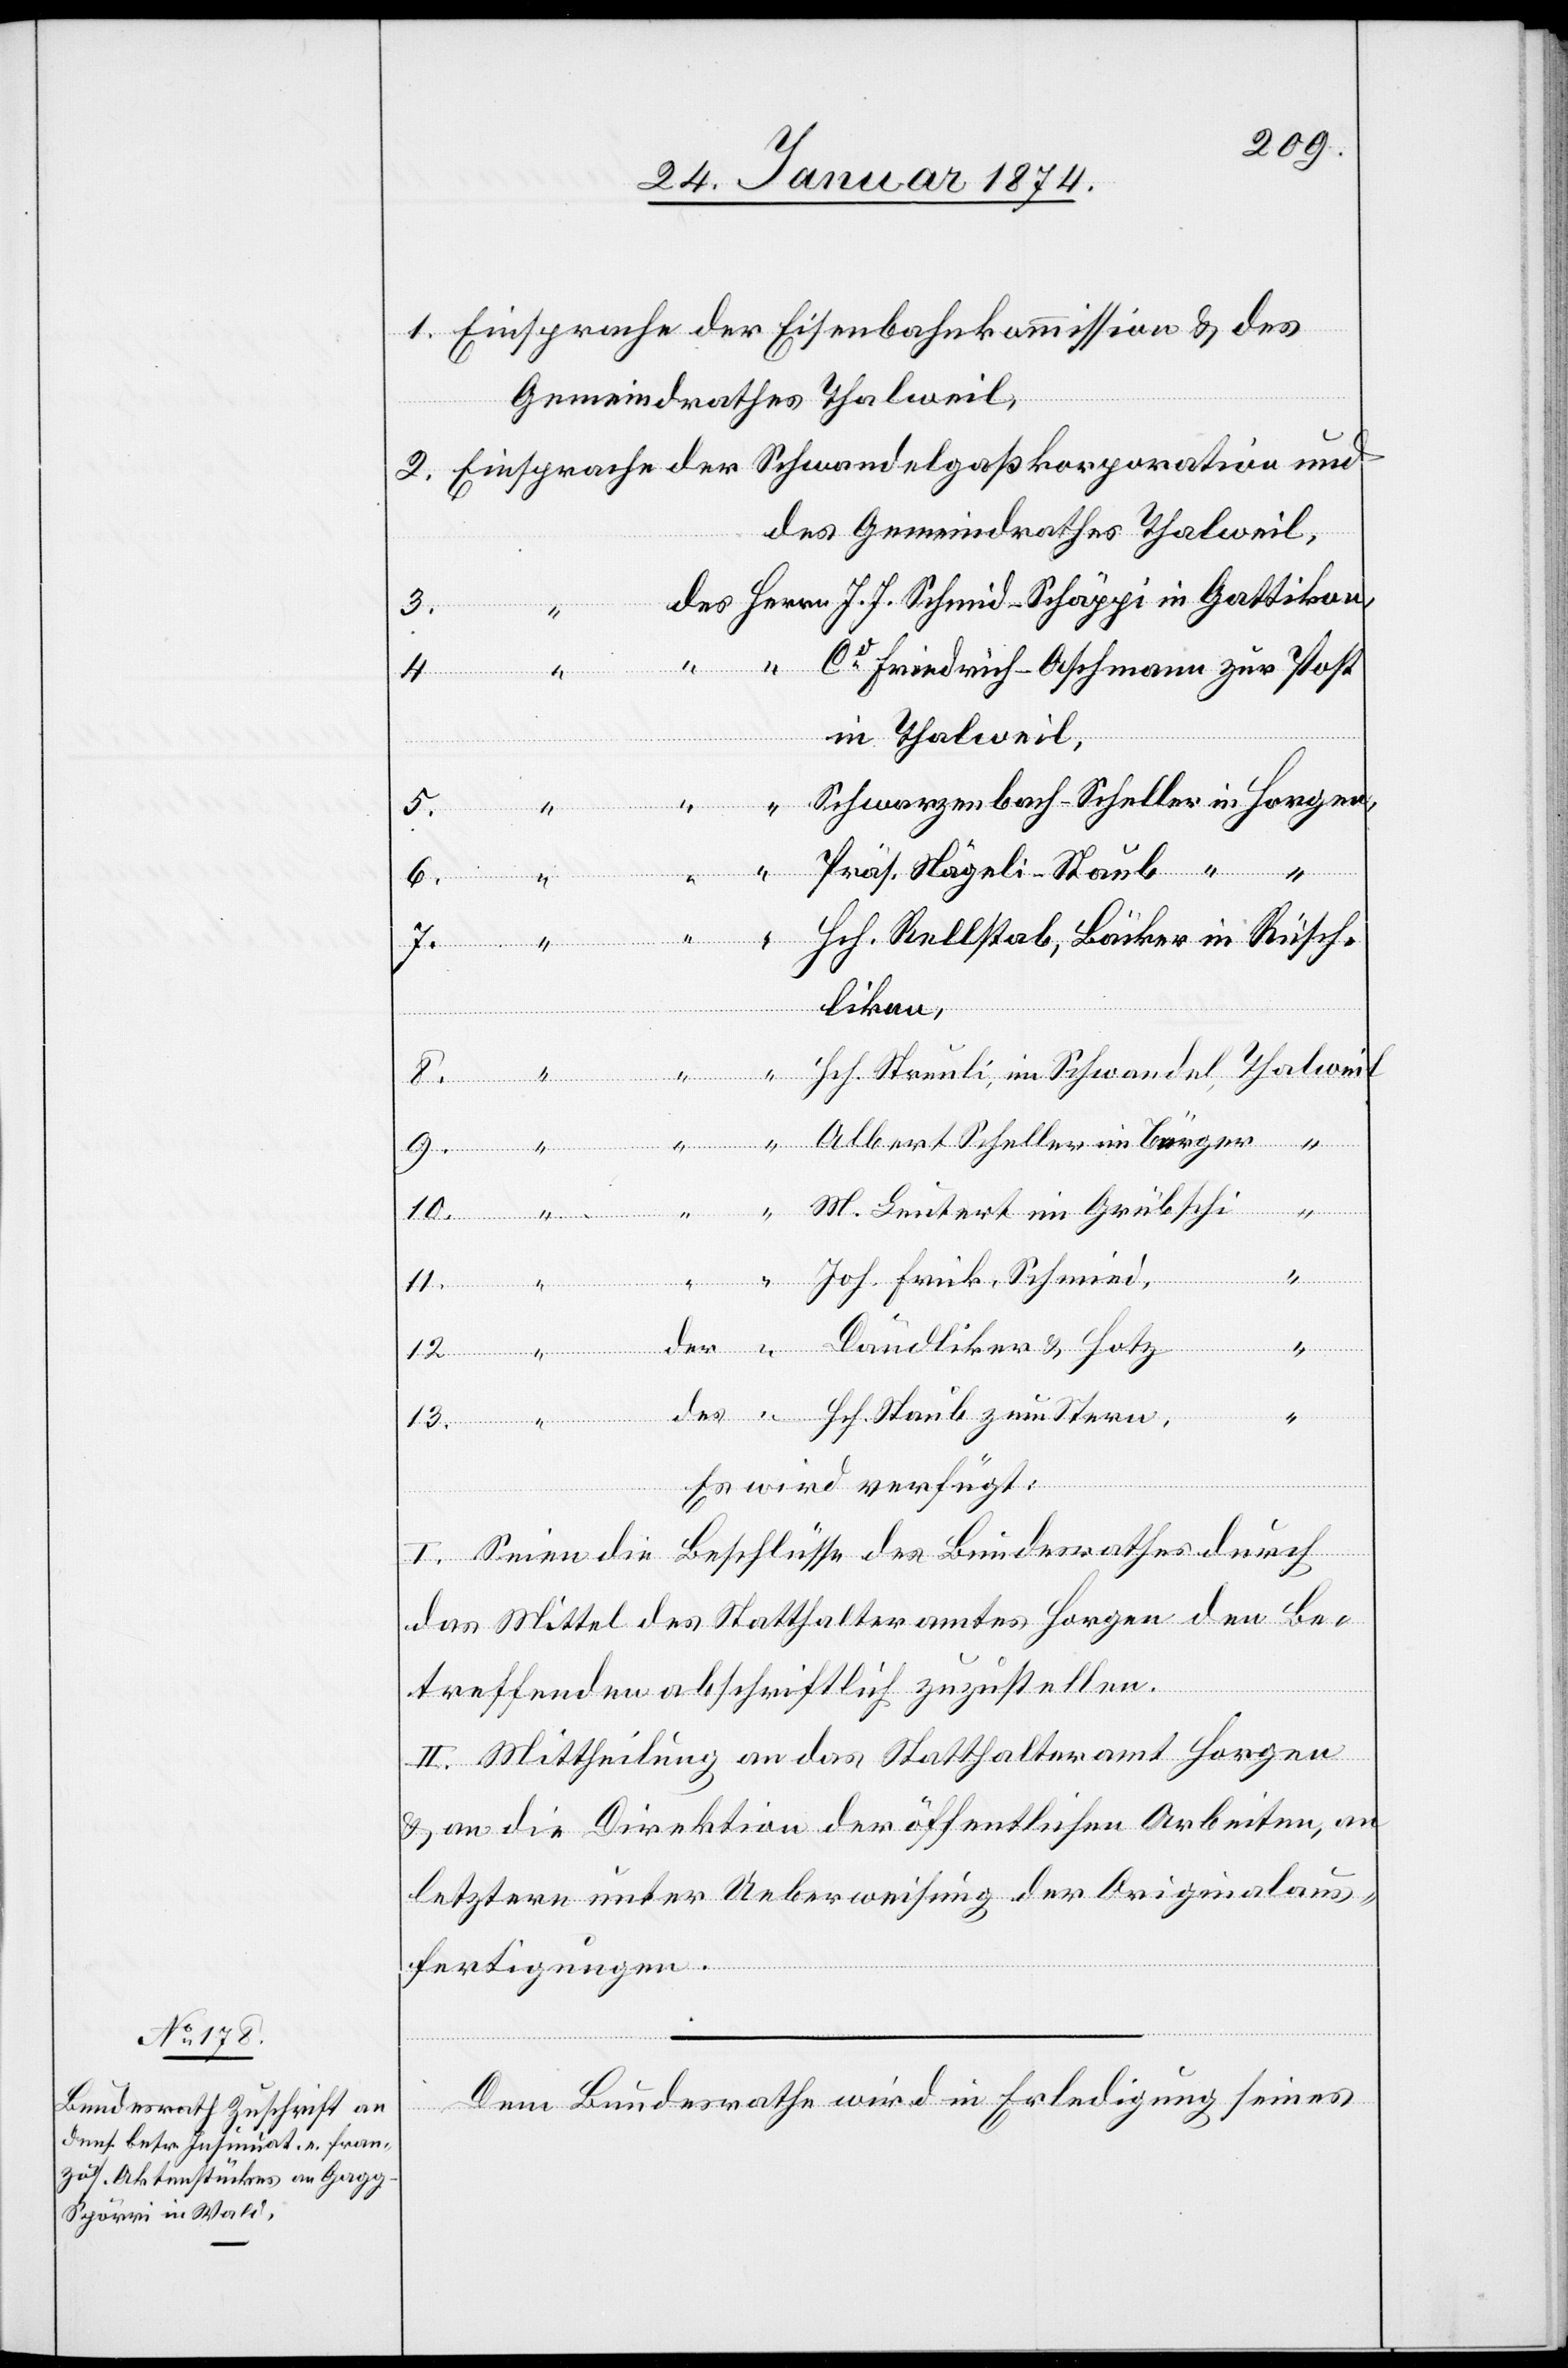
30. Januar 1874.]
des Gemeindrathes Thalweil,
3.
in Gattikon,
Co Friedrich-Oeschmann zur Post
13.
4.
in Thalweil.
Schwerzenbach-Scheller in Horgen,
Daudliker
Präs. Nägeli-Staub “ “
6.
Hch. Kellstab, Bäcker in Rüsch¬
likon,
Hch. Streuli, in Schwandel, Thalweil
Schmied,
“
Albert Scheller in Bürger
M. Leutert im Grübschi
Staub zum Stern,
“
Es wird verfügt:
I. Seien die Beschlüsse des Bundesrathes durch
das Mittel des Statthalteramtes Horgen den Be¬
treffenden abschriftlich zuzustellen.
II. Mittheilung an das Statthalteramt Horgen
& an die Direktion der öffentlichen Arbeiten, an
letztere unter Ueberweisung der Originalaus¬
fertigungen.
Dem Bundesrathe wird die Erledigung seines
9.